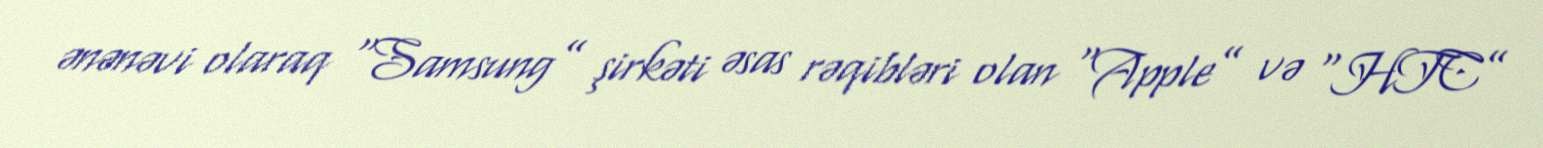
ənənəvi olaraq “Samsung” şirkəti əsas rəqibləri olan “Apple” və “HTC”